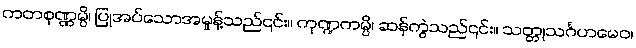
ကတစုဏ္ဏမ္ပိ၊ ပြုအပ်သောအမှုန့်သည်၎င်း။ ကုဏ္ဍကမ္ပိ၊ ဆန်ကွဲသည်၎င်း။ သတ္တုသင်္ဂဟမေဝ၊